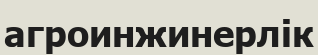
агроинжинерлік